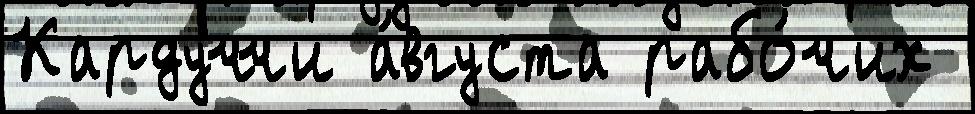
Кардуччи а́вгуста рабо́чих